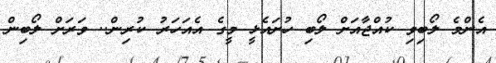
އެންމެ ލޯބިވި ކުއްޖާއަށް ލޯބި ހުށައެޅީ މީގެ އެއަހަރު ކުރިން.. ވަރަށް ލޯބިން